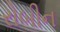
રોબીન